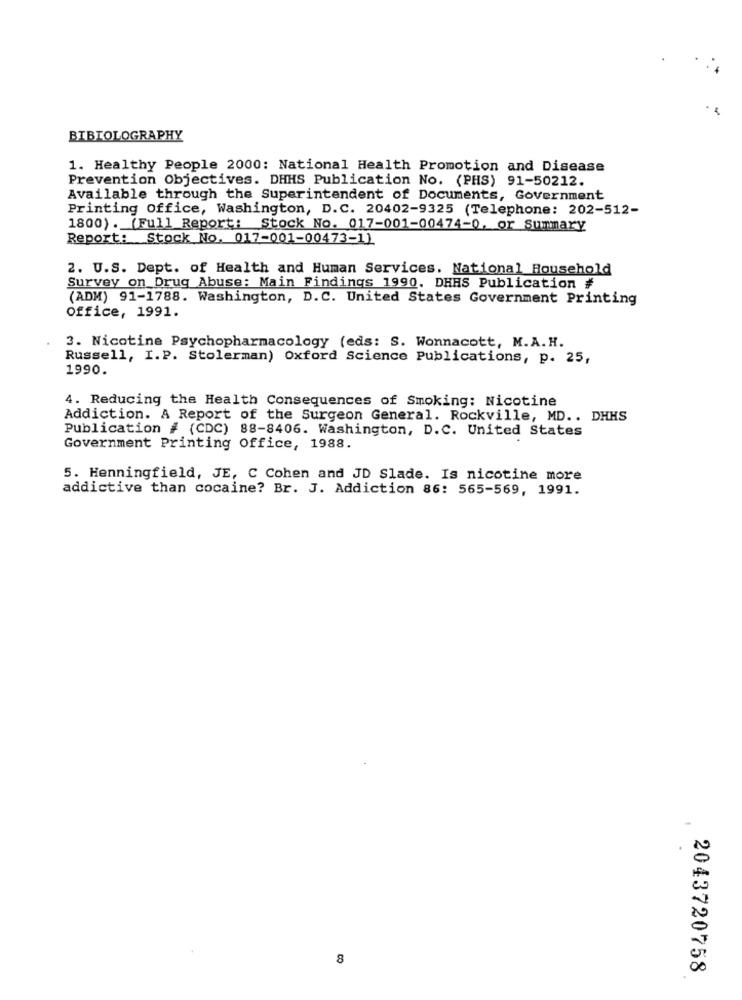
BIBIOLOGRAPHY
1. Healthy People 2000: National Health Promotion and Disease
Prevention Objectives. DHHS Publication No. (PHS) 91-50212.
Available through the Superintendent of Documents, Government
Printing office, Washington, D.C. 20402-9325 (Telephone: 202-512-
1800). (Full Report: Stock No. 017-001-00474-0, or Summary
Report: Stock No. 017-001-00473-1)
2. U.S. Dept. of Health and Human Services. National Household
Survey on Drug Abuse: Main Findings 1990. DHHS Publication #
(ADM) 91-1788. Washington, D.C. United States Government Printing
Office, 1991.
3. Nicotine Psychopharmacology (eds: S. Wonnacott, M.A.H.
Russell, I.P. Stolerman) Oxford Science Publications, p. 25,
1990.
4. Reducing the Health Consequences of Smoking: Nicotine
Addiction. A Report of the Surgeon General. Rockville, MD .. DHHS
Publication # (CDC) 88-8406. Washington, D.C. United States
Government Printing Office, 1988.
5. Henningfield, JE, C Cohen and JD Slade. Is nicotine more
addictive than cocaine? Br. J. Addiction 86: 565-569, 1991.
8
2043720758